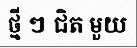
ថ្មី ៗ ជិត មួយ